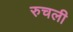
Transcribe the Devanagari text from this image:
रुचली